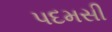
પદમસી